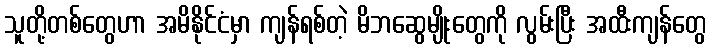
သူတို့တစ်တွေဟာ အမိနိုင်ငံမှာ ကျန်ရစ်တဲ့ မိဘဆွေမျိုးတွေကို လွမ်းပြီး အထီးကျန်တွေ